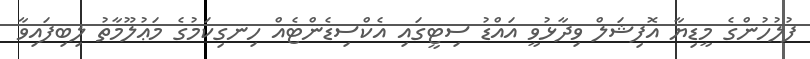
ފުލުހުންގެ މީޑިޔާ އޮފިޝަލް ވިދާޅުވީ އައްޑު ސިޓީގައި އެކްސިޑެންޓެއް ހިނގިކަމުގެ މަޢުލޫމާތު ލިބިފައިވާ